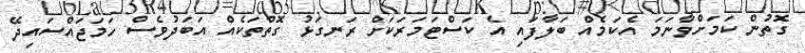
ގޮތުން ކަމަށްވާނަމަ އެކަމެއް ބަލާފައި އެ ކަސްޓަމަރަކަށް ރަނގަޅު ގޮތްތަކެއް އަބަދުވެސް ހަމަޖައްސައިދޭ